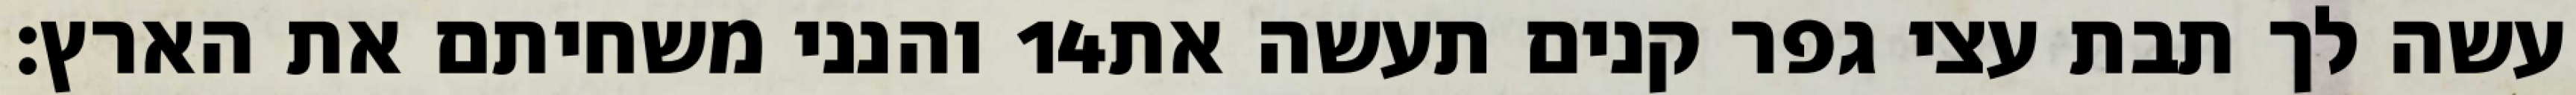
והנני משחיתם את הארץ׃ ‎14‏ עשה לך תבת עצי גפר קנים תעשה את